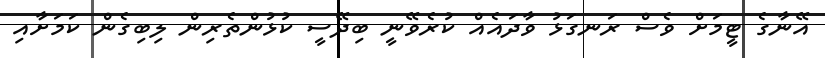
އޭނާގެ ޓީމަށް ވެސް ރަނގަޅު ވާދައެއް ކުރެވޭނީ ބިދޭސީ ކުޅުންތެރިން ލިބިގެން ކަމަށާއި